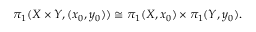
\pi _ { 1 } ( X \times Y , ( x _ { 0 } , y _ { 0 } ) ) \cong \pi _ { 1 } ( X , x _ { 0 } ) \times \pi _ { 1 } ( Y , y _ { 0 } ) .